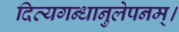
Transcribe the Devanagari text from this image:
दिव्यगन्धानुलेपनम्‌।